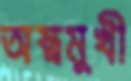
অস্ত্রমুখী